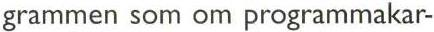
grammen som om programmakar-